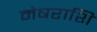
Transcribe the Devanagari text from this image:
मेषराशि